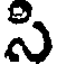
సి